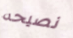
نصيحه